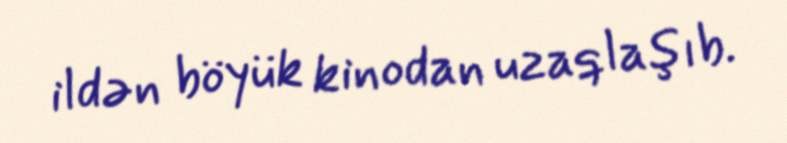
ildən böyük kinodan uzaqlaşıb.